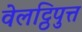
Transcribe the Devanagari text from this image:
वेलट्ठिपुत्त